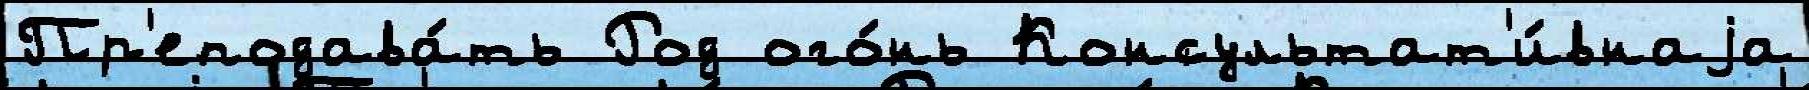
Пр'еподава́ть Род ого́нь Консультат'и́внаjа